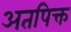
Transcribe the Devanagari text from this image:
अतपिक्त